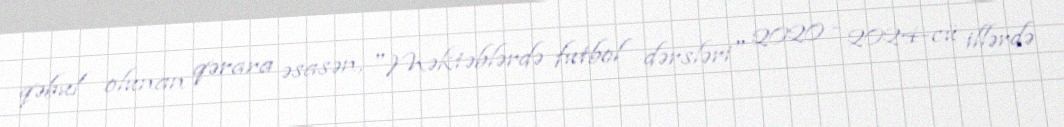
qəbul olunan qərara əsasən, "Məktəblərdə futbol dərsləri" 2020 - 2024-cü illərdə